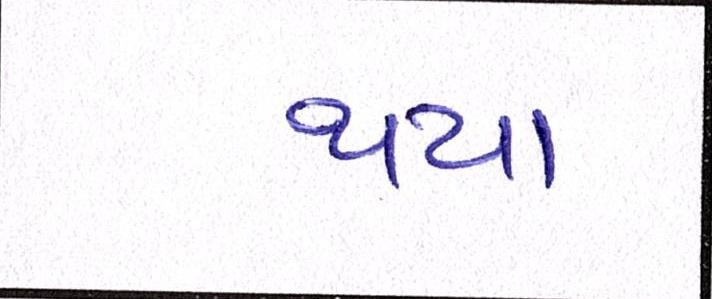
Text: થયા